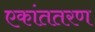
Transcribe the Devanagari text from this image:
एकांततरण